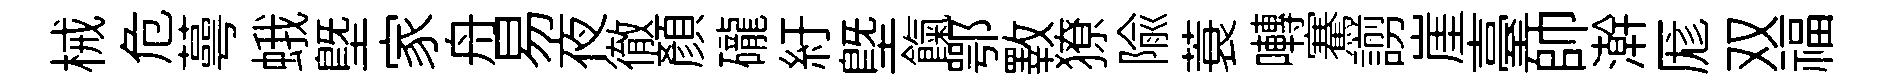
械危蕚蛾塈家舟易夜徹顏礲紆塈餼鄂斁獠隃蓑囀騫謭崖臺帥澣厖双福